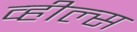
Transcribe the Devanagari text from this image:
व्‍हील्‍स